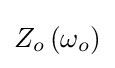
Z_{o}\left(\omega _{o}\right)